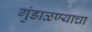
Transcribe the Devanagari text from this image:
गुंडाळण्याचा